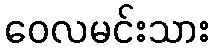
ဝေလမင်းသား